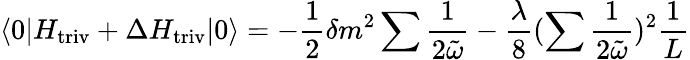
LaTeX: \langle 0|H_{\mathrm{triv}}+\Delta H_{\mathrm{triv}}|0\rangle=-\frac{1}{2}\delta m^{2}\sum\frac{1}{2\tilde{\omega}}-\frac{\lambda}{8}(\sum\frac{1}{2\tilde{\omega}})^{2}\frac{1}{L}